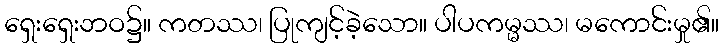
ရှေးရှေးဘဝ၌။ ကတဿ၊ ပြုကျင့်ခဲ့သော။ ပါပကမ္မဿ၊ မကောင်းမှု၏။